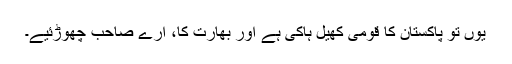
یوں تو پاکستان کا قومی کھیل ہاکی ہے اور بھارت کا، ارے صاحب چھوڑئیے۔